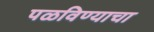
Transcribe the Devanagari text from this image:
पळविण्याचा